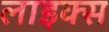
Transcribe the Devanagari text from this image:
लाइक्स